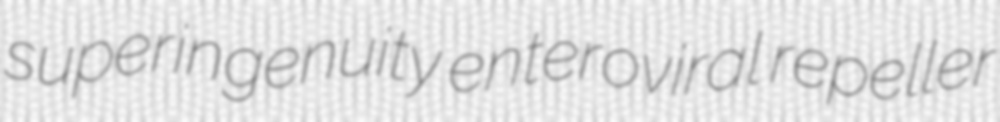
superingenuity enteroviral repeller